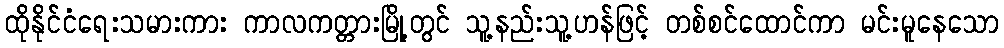
ထိုနိုင်ငံရေးသမားကား ကာလကတ္တားမြို့တွင် သူ့နည်းသူ့ဟန်ဖြင့် တစ်စင်ထောင်ကာ မင်းမူနေသော